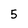
Character: 5